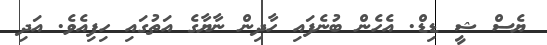
ޔެސް ޝީ ޑިޑް. އެހެން ބުނެފައި ހާދިން ނާޔާގެ އަތުގައި ހިފިއެވެ. އަދި